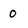
Character: 0